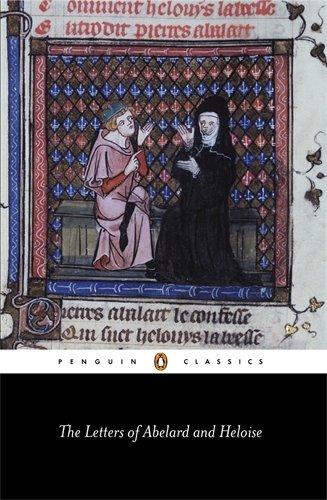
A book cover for The Letters of Abelard and Heloise (Penguin Classics); Peter Abelard; Literature & Fiction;